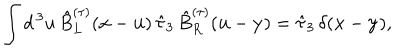
LaTeX: \int d ^ { \, 3 } u \, \hat { B } _ { L } ^ { ( \tau ) } ( { \bf x } - { \bf u } ) \, \hat { \tau } _ { 3 } \, \hat { B } _ { R } ^ { ( \tau ) } ( { \bf u } - { \bf y } ) = \hat { \tau } _ { 3 } \, \delta ( { \bf x } - { \bf y } ) ,